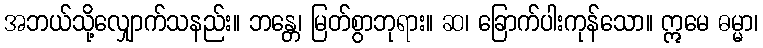
အဘယ်သို့လျှောက်သနည်း။ ဘန္တေ၊ မြတ်စွာဘုရား။ ဆ၊ ခြောက်ပါးကုန်သော။ ဣမေ ဓမ္မာ၊